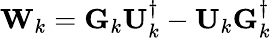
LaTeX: \mathbf{W}_{k}=\mathbf{G}_{k}\mathbf{U}_{k}^{\dagger}-\mathbf{U}_{k}\mathbf{G}_{k}^{\dagger}